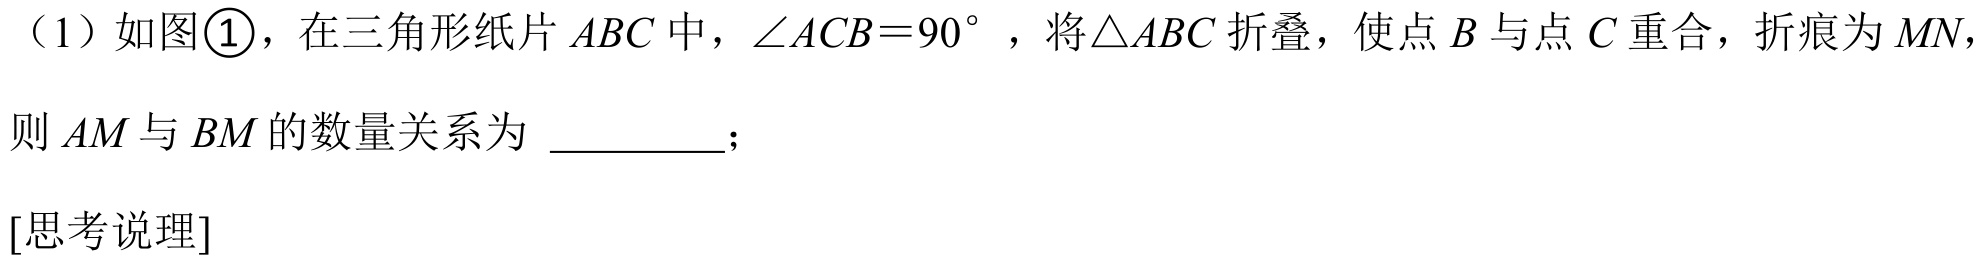
（1）如图\textcircled{1}，在三角形纸片 \(ABC\) 中，\(\angle ACB = 90^{\circ}\)，将\(\triangle ABC\) 折叠，使点 \(B\) 与点 \(C\) 重合，折痕为 \(MN\)，
则 \(AM\) 与 \(BM\) 的数量关系为 \_\_\_\_\_\_；
[思考说理]